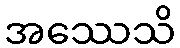
အဿေသိ